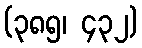
(၃၈၅၊ ၄၃၂)